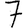
Digit: 7